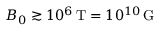
B _ { 0 } \gtrsim 1 0 ^ { 6 } \, \mathrm { T } = 1 0 ^ { 1 0 } \, \mathrm { G }